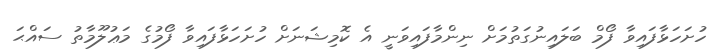
ހުށަހަޅާފައިވާ ފޯމް ބަލައިނުގަތުމަށް ނިންމާފައިވަނީ އެ ކޮމިޝަނަށް ހުށަހަޅާފައިވާ ފޯމުގެ މަޢުލޫމާތު ސައްޙަ